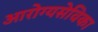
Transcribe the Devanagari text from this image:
आरोग्यसेविका